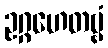
ဥဂ္ဂဟေတဗ္ဗံ